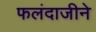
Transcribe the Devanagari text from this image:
फलंदाजीने